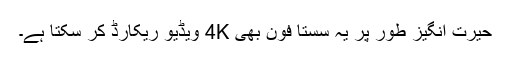
حیرت انگیز طور پر یہ سستا فون بھی 4K ویڈیو ریکارڈ کر سکتا ہے۔